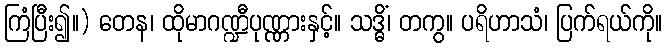
ကြံပြီး၍။) တေန၊ ထိုမာဂဏ္ဍီပုဏ္ဏားနှင့်။ သဒ္ဓိံ၊ တကွ။ ပရိဟာသံ၊ ပြက်ရယ်ကို။